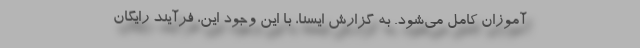
آموزان کامل می‌شود. به گزارش ایسنا، با این وجود این، فرآیند رایگان